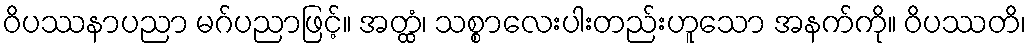
ဝိပဿနာပညာ မဂ်ပညာဖြင့်။ အတ္ထံ၊ သစ္စာလေးပါးတည်းဟူသော အနက်ကို။ ဝိပဿတိ၊